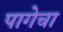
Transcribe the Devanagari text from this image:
पागेचा